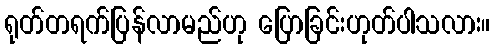
ရုတ်တရက်ပြန်လာမည်ဟု ပြောခြင်းဟုတ်ပါသလား။